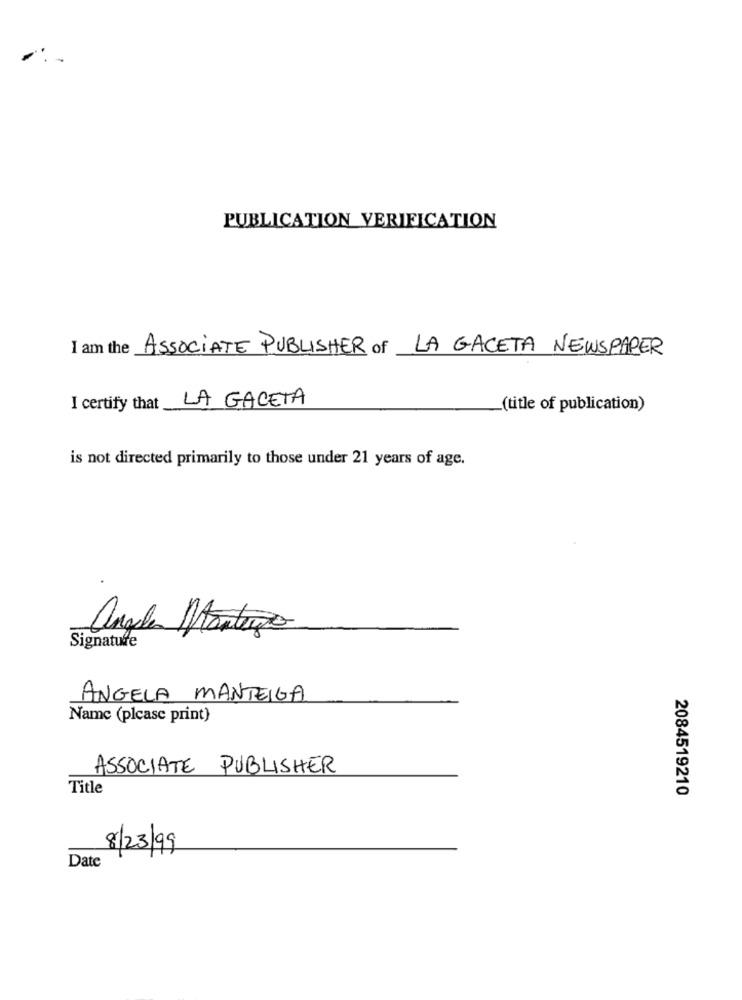
PUBLICATION VERIFICATION
I am the ASSOCIATE PUBLISHER of LA GACETA NEWSPAPER
I certify that
LA GACETA
_(title of publication)
is not directed primarily to those under 21 years of age.
angeles Montagio
Signature
ANGELA MANTEIGA
Name (please print)
ASSOCIATE PUBLISHER
Title
2084519210
8/23/99
Date